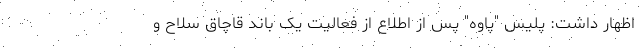
اظهار داشت: پلیس "پاوه" پس از اطلاع از فعالیت یک باند قاچاق سلاح و